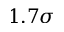
1 . 7 \sigma